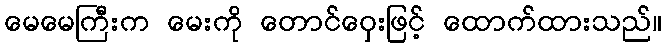
မေမေကြီးက မေးကို တောင်ဝှေးဖြင့် ထောက်ထားသည်။